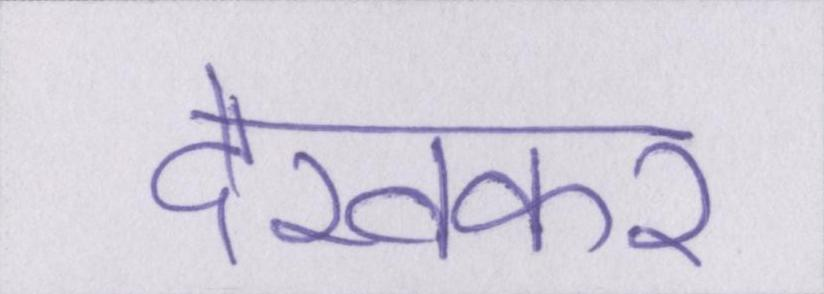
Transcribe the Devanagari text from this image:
देखकर